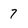
Character: 7